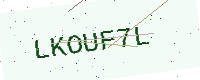
Text: LKOUF7L